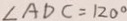
\angle A D C = 1 2 0 ^ { \circ }